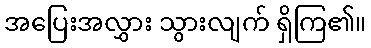
အပြေးအလွှား သွားလျက် ရှိကြ၏။